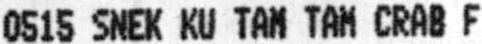
0515 SNEK KU TAM TAM CRAB F